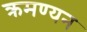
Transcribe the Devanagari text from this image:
क्रमण्यन